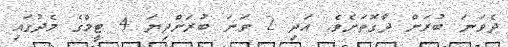
ދެވަނަ ބުރަށް ދާގޮތަށެވެ. އަދި 2 ވަނަ ބުރަށްދިޔަ 4 ޓީމްގެ މެދުގައި